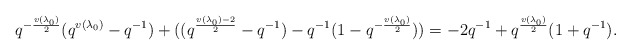
\begin{align*} q^{-\frac{v(\lambda_0)}{2}}(q^{v(\lambda_0)}-q^{-1}) + ((q^{\frac{v(\lambda_0)-2}{2}}-q^{-1})-q^{-1}(1-q^{-\frac{v(\lambda_0)}{2}})) = -2q^{-1}+q^{\frac{v(\lambda_0)}{2}}(1+q^{-1}).\end{align*}